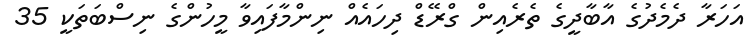
އަހަރާ ދެމެދުގެ އާބާދީގެ ތެރެއިން ގްރޭޑް ދިހައެއް ނިންމާފައިވާ މީހުންގެ ނިސްބަތަކީ 35